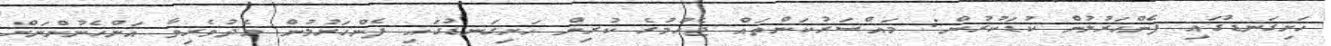
ހަށިގަނޑުގައި ފެންހަރުލުން ކުޑަކުރުން: މައްސަރުކަންތައް ޖެހުމުގެ ކުރިން ހަށިގަނޑުގައި ފެންހަރުލުން މެދުވެރިވާ އަންހެނުންނަށް